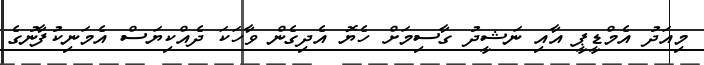
މިއަދު އެމްޑީޕީ އާއި ނަޝީދު ގާސިމަށް ހެޔޮ އެދިގެން ވާހަކަ ދެއްކިޔަސް އެމަނިކުފާނުގެ